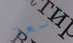
واسعة